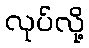
လုပ်လို့